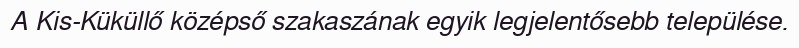
A Kis-Küküllő középső szakaszának egyik legjelentősebb települése.